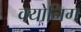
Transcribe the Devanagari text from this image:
क्योनिग